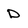
Character: D